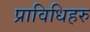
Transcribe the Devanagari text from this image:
प्राविधिहरु